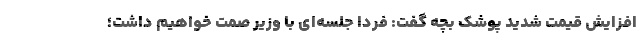
افزایش قیمت شدید پوشک بچه گفت: فردا جلسه‌ای با وزیر صمت خواهیم داشت؛